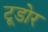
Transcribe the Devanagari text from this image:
टूडोर